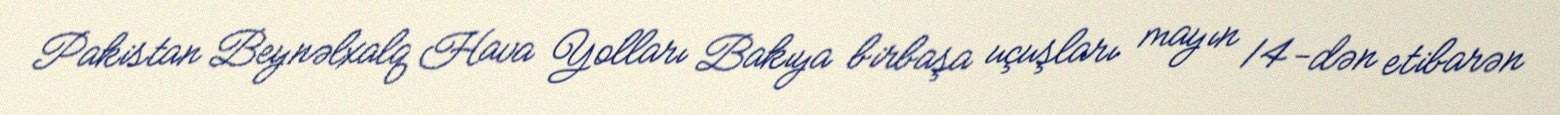
Pakistan Beynəlxalq Hava Yolları Bakıya birbaşa uçuşları mayın 14-dən etibarən